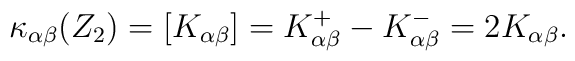
\kappa_{\alpha\beta}(Z_2) = [K_{\alpha\beta}] = K^+_{\alpha\beta} - K^-_{\alpha\beta} = 2 K_{\alpha\beta}.